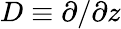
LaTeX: D\equiv\partial/\partial z